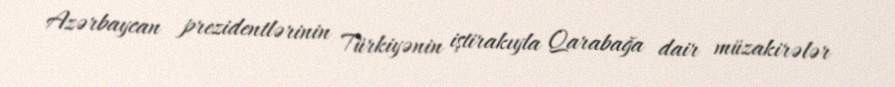
Azərbaycan prezidentlərinin Türkiyənin iştirakıyla Qarabağa dair müzakirələr